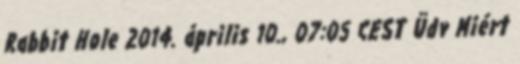
Rabbit Hole 2014. április 10., 07:05 CEST Üdv Miért